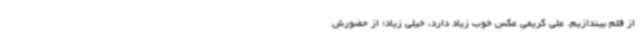
از قلم بیندازیم. علی کریمی عکس خوب زیاد دارد، خیلی زیاد؛ از حضورش